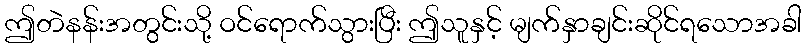
ဤတဲနန်းအတွင်းသို့ ဝင်ရောက်သွားပြီး ဤသူနှင့် မျက်နှာချင်းဆိုင်ရသောအခါ